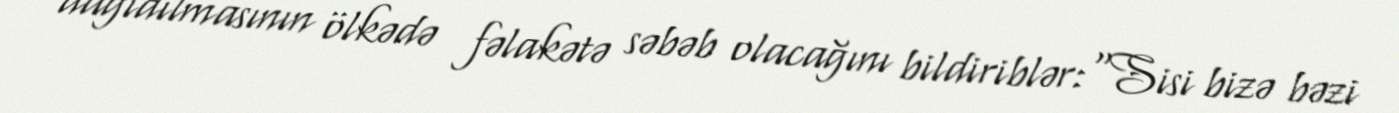
dağıdılmasının ölkədə fəlakətə səbəb olacağını bildiriblər:“Sisi bizə bəzi